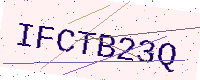
Text: IFCTB23Q